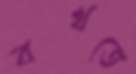
বখতে